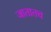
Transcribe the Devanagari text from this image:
जातातच